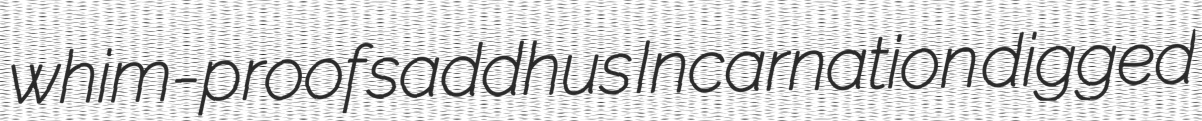
whim-proof saddhus Incarnation digged